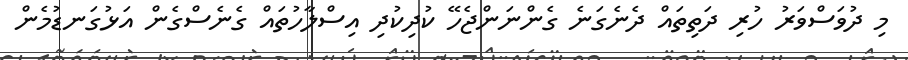
މި ދުވަސްވަރު ހުރި ދަތިތައް ދެނެގަނެ ގެންނަންޖެހޭ ކުދިކުދި އިސްލާހުތައް ގެނެސްގެން އަޅުގަނޑުމެން